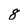
Character: 8